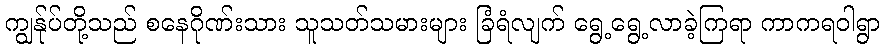
ကျွန်ုပ်တို့သည် စနေဂိုဏ်းသား သူသတ်သမားများ ခြံရံလျက် ရွေ့ရွေ့လာခဲ့ကြရာ ကာကရဝါရွာ